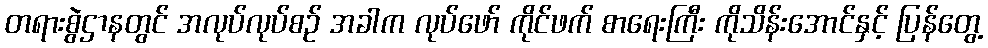
တရားစွဲဌာနတွင် အလုပ်လုပ်စဉ် အခါက လုပ်ဖော် ကိုင်ဖက် စာရေးကြီး ကိုသိန်းအောင်နှင့် ပြန်တွေ့